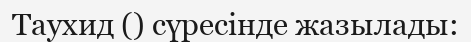
Таухид () сүресінде жазылады: